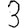
Digit: 3